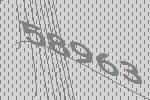
58963